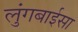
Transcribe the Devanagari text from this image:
लुंगबाईसा